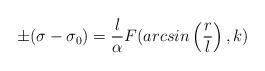
LaTeX: \begin{align*}\pm (\sigma - \sigma_0) = \frac{l}{\alpha} F(arcsin \left (\frac{r}{l}\right ), k)\end{align*}